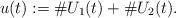
LaTeX: \begin{align*}u(t):=\#U_1(t)+\#U_2(t).\end{align*}